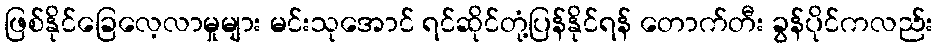
ဖြစ်နိုင်ခြေလေ့လာမှုများ မင်းသုအောင် ရင်ဆိုင်တုံ့ပြန်နိုင်ရန် တောက်တီး ခွန်ပိုင်ကလည်း